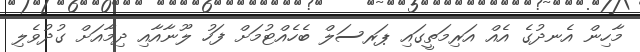
މާހިން އެނދުގެ އެއް އަރިމަތީގައި ޕަރސަލް ބެހެއްޓުމަށް ފަހު ލޫނާއާއި ދިމާއަށް ގުދުވެލި